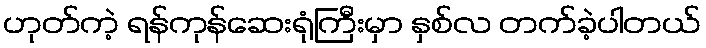
ဟုတ်ကဲ့ ရန်ကုန်ဆေးရုံကြီးမှာ နှစ်လ တက်ခဲ့ပါတယ်